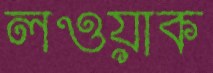
লওয়াক